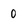
Character: 0